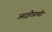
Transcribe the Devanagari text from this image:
आइरेसची